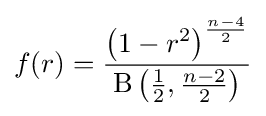
f(r)={\frac {\left(1-r^{2}\right)^{\frac {n-4}{2}}}{\operatorname {\mathrm {B} } {\mathord {\left({\tfrac {1}{2}},{\tfrac {n-2}{2}}\right)}}}}